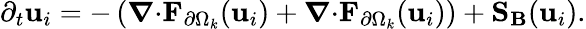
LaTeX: \partial_{t}\mathbf{u}_{i}=-\left(\boldsymbol{\nabla}{\cdot}\mathbf{F}_{\partial\Omega_{k}}(\mathbf{u}_{i})+\boldsymbol{\nabla}{\cdot}{\mathbf{F}}_{\partial\Omega_{k}}(\mathbf{u}_{i})\right)+\mathbf{S_{B}}(\mathbf{u}_{i}).